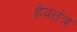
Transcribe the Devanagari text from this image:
हेवतंत्र